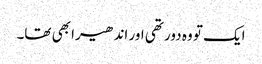
ایک تو وہ دور تھی اور اندھیرا بھی تھا۔